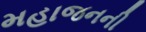
મહાજનની